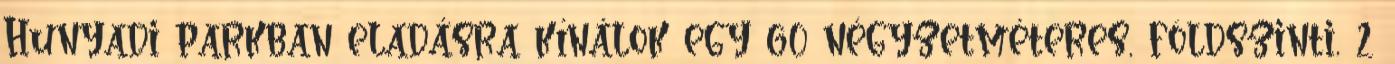
Hunyadi parkban eladásra kínálok egy 60 négyzetméteres, földszinti, 2